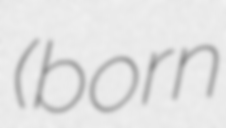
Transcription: (born